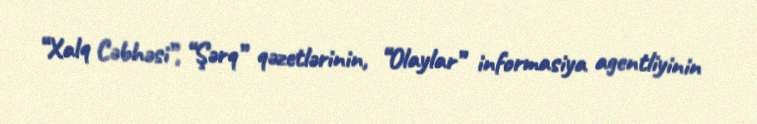
“Xalq Cəbhəsi”, “Şərq” qəzetlərinin, “Olaylar” informasiya agentliyinin